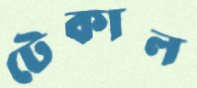
টেকাল